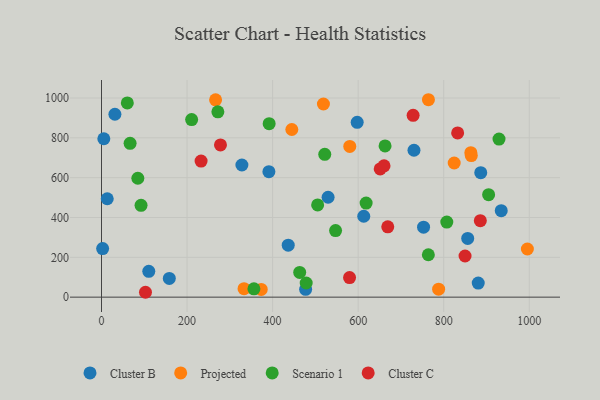
{"axis": {"x": "Experience", "y": "Salary"}, "legend": ["Cluster B", "Cluster C", "Projected", "Scenario 1"], "data": [{"x": "391.3", "y": 630.1, "type": "Cluster B"}, {"x": "597.7", "y": 878.0, "type": "Cluster B"}, {"x": "436.5", "y": 261.2, "type": "Cluster B"}, {"x": "328.2", "y": 663.5, "type": "Cluster B"}, {"x": "886.6", "y": 625.0, "type": "Cluster B"}, {"x": "934.5", "y": 434.3, "type": "Cluster B"}, {"x": "613.1", "y": 406.2, "type": "Cluster B"}, {"x": "110.5", "y": 129.6, "type": "Cluster B"}, {"x": "13.4", "y": 494.2, "type": "Cluster B"}, {"x": "880.7", "y": 70.5, "type": "Cluster B"}, {"x": "730.5", "y": 737.7, "type": "Cluster B"}, {"x": "752.9", "y": 351.6, "type": "Cluster B"}, {"x": "31.3", "y": 918.3, "type": "Cluster B"}, {"x": "5.4", "y": 795.3, "type": "Cluster B"}, {"x": "2.6", "y": 243.9, "type": "Cluster B"}, {"x": "856.1", "y": 294.8, "type": "Cluster B"}, {"x": "158.5", "y": 94.0, "type": "Cluster B"}, {"x": "477.2", "y": 39.1, "type": "Cluster B"}, {"x": "529.7", "y": 501.7, "type": "Cluster B"}, {"x": "373.4", "y": 39.0, "type": "Projected"}, {"x": "995.6", "y": 241.7, "type": "Projected"}, {"x": "518.8", "y": 969.9, "type": "Projected"}, {"x": "266.7", "y": 990.6, "type": "Projected"}, {"x": "580.4", "y": 756.6, "type": "Projected"}, {"x": "863.4", "y": 725.3, "type": "Projected"}, {"x": "788.1", "y": 39.9, "type": "Projected"}, {"x": "764.3", "y": 991.3, "type": "Projected"}, {"x": "864.5", "y": 711.1, "type": "Projected"}, {"x": "333.2", "y": 42.6, "type": "Projected"}, {"x": "444.9", "y": 841.9, "type": "Projected"}, {"x": "824.5", "y": 673.6, "type": "Projected"}, {"x": "505.3", "y": 462.9, "type": "Scenario 1"}, {"x": "662.9", "y": 759.1, "type": "Scenario 1"}, {"x": "272.0", "y": 930.7, "type": "Scenario 1"}, {"x": "478.5", "y": 71.1, "type": "Scenario 1"}, {"x": "905.0", "y": 514.7, "type": "Scenario 1"}, {"x": "356.3", "y": 41.6, "type": "Scenario 1"}, {"x": "463.3", "y": 124.2, "type": "Scenario 1"}, {"x": "60.3", "y": 975.4, "type": "Scenario 1"}, {"x": "92.4", "y": 461.1, "type": "Scenario 1"}, {"x": "521.9", "y": 717.4, "type": "Scenario 1"}, {"x": "547.2", "y": 334.1, "type": "Scenario 1"}, {"x": "807.2", "y": 377.1, "type": "Scenario 1"}, {"x": "84.9", "y": 597.0, "type": "Scenario 1"}, {"x": "391.9", "y": 871.0, "type": "Scenario 1"}, {"x": "210.7", "y": 891.4, "type": "Scenario 1"}, {"x": "618.6", "y": 472.2, "type": "Scenario 1"}, {"x": "66.8", "y": 772.4, "type": "Scenario 1"}, {"x": "764.1", "y": 213.0, "type": "Scenario 1"}, {"x": "929.3", "y": 793.7, "type": "Scenario 1"}, {"x": "651.5", "y": 644.0, "type": "Cluster C"}, {"x": "832.6", "y": 824.8, "type": "Cluster C"}, {"x": "232.8", "y": 683.2, "type": "Cluster C"}, {"x": "669.2", "y": 353.0, "type": "Cluster C"}, {"x": "278.1", "y": 764.4, "type": "Cluster C"}, {"x": "660.5", "y": 659.3, "type": "Cluster C"}, {"x": "102.8", "y": 24.5, "type": "Cluster C"}, {"x": "728.5", "y": 913.1, "type": "Cluster C"}, {"x": "849.9", "y": 206.6, "type": "Cluster C"}, {"x": "579.9", "y": 98.1, "type": "Cluster C"}, {"x": "885.6", "y": 384.2, "type": "Cluster C"}]}